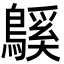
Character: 䳶